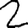
Digit: 2